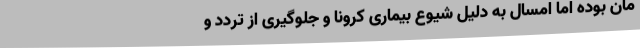
مان بوده اما امسال به دلیل شیوع بیماری کرونا و جلوگیری از تردد و